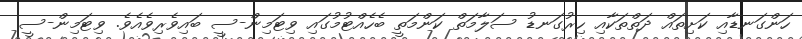
ހަންގަނޑާއި ކަށިތައް ދަތްތަކާއި ހިރުގަނޑު ސަލާމަތް ކަންމަތީ ބެހެއްޓުމުގައި ވިޓަމިން-ސީ ބައިވެރިވެއެވެ. ވިޓަމިން-ސީ